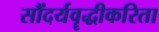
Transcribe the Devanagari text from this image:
सौंदर्यवॄद्धीकरिता